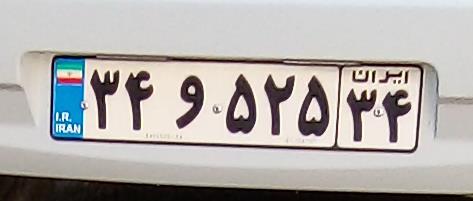
۳۴و۵۲۵۳۴